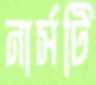
নার্সটি